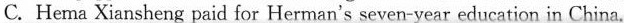
C. He ma Xiansheng paid for Herman's seven-year education in China.